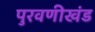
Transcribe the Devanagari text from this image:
पुरवणीखंड